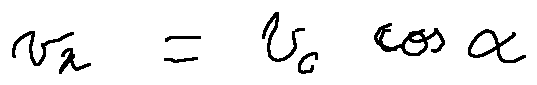
v _ { x } = v _ { 0 } \cos \alpha